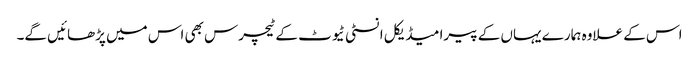
اس کے علاوہ ہمارے یہاں کے پیرا میڈیکل انسٹی ٹیوٹ کے ٹیچرس بھی اس میں پڑھائیں گے۔